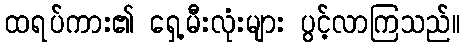
ထရပ်ကား၏ ရှေ့မီးလုံးများ ပွင့်လာကြသည်။